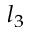
l _ { 3 }